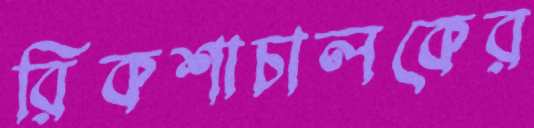
রিকশাচালকের